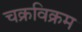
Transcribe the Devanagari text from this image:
चक्रविक्रम